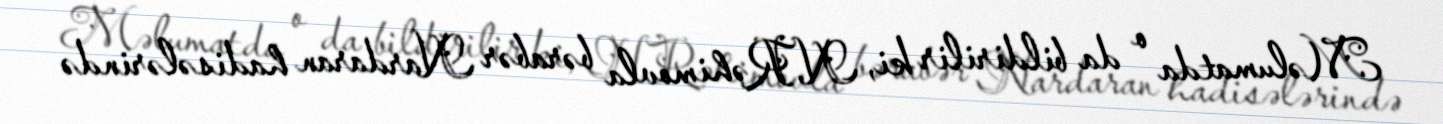
Məlumatda o da bildirilir ki, N.Rəhimovla bərabər Nardaran hadisələrində